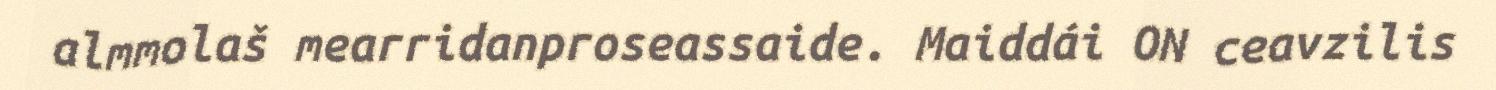
almmolaš mearridanproseassaide. Maiddái ON ceavzilis